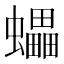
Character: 蠝